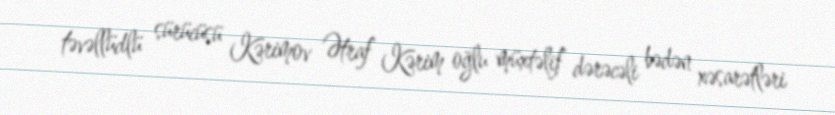
təvəllüdlü sürücüsü Kərimov Ətraf Kərim oğlu müxtəlif dərəcəli bədən xəsarətləri